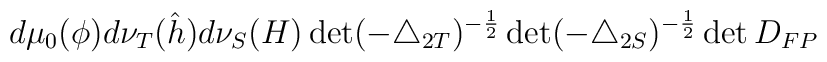
d\mu_{0}(\phi)d\nu_{T}(\hat{h})d\nu_{S}(H)\det(-\triangle_{2T})^{-\frac{1}{2}}\det(-\triangle_{2S})^{-\frac{1}{2}}\det D_{FP}